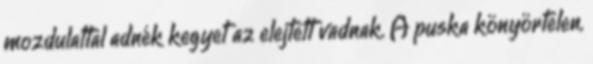
mozdulattal adnék kegyet az elejtett vadnak. A puska könyörtelen,